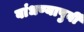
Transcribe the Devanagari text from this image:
बांधण्यापुर्वी